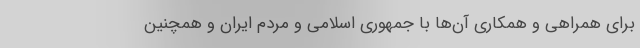
برای همراهی و همکاری آن‌ها با جمهوری اسلامی و مردم ایران و همچنین